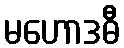
မဟောဒဓီ